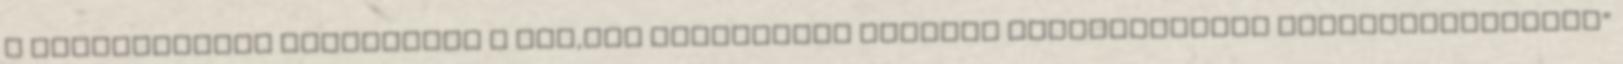
a beavatkozást „Főjavítás a XXX,XXX pályaszámú mozdony fődarabjainak felhasználásával”